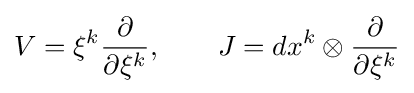
V=\xi ^{k}{\frac {\partial }{\partial \xi ^{k}}},\qquad J=dx^{k}\otimes {\frac {\partial }{\partial \xi ^{k}}}